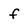
Character: f